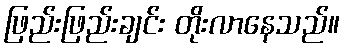
ဖြည်းဖြည်းချင်း တိုးလာနေသည်။